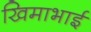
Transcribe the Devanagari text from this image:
खिमाभाई